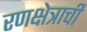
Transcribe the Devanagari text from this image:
रणक्षेत्राची